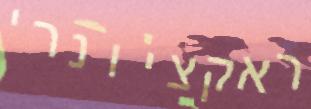
ראקציונרי